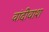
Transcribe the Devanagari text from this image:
वांदीवाश